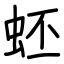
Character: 蚽